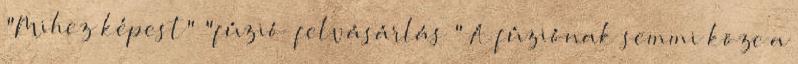
"Mihez képest" "fúzió felvásárlás " A fúziónak semmi köze a